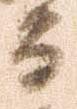
而